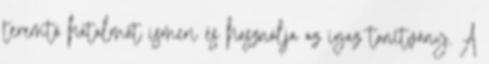
teremtő hatalmát ismeri és használja az igaz tanítvány. A